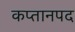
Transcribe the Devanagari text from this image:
कप्तानपद